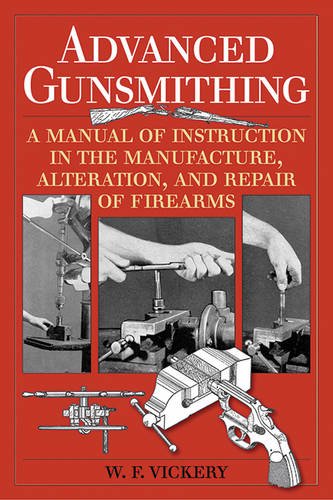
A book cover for Advanced Gunsmithing: A Manual of Instruction in the Manufacture, Alteration, and Repair of Firearms; W. F. Vickery; Crafts, Hobbies & Home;